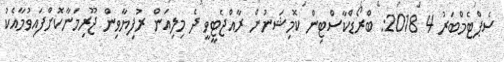
ސެޕްޓެމްބަރު 4 2018: ބްރޯޑްކާސްޓިން ކޮމިޝަނުން ރާއްޖެޓީވީ ދެ މިލިއަން ރުފިޔާވިން ޖޫރިމަނާކޮށްފައިވުމާއެކު